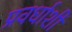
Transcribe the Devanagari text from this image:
प्रवर्धाशी